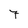
Character: 7